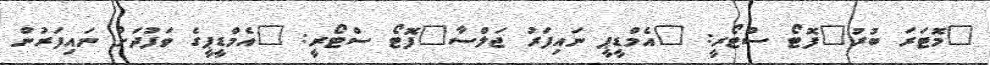
"މޮޓަރަ ބުރު"ފޮޓޯ ސްޓޯރީ: "އެމްޑީޕީ ނައިފަރު ޖަލްސާ"ފޮޓޯ ސްޓޯރީ: "އެމްޑީޕީގެ ވަފުދަށް ނައިފަރުން